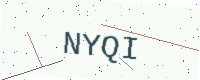
Text: NYQI